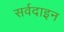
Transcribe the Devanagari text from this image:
सर्वदाइन